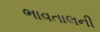
ભાવતાલની